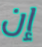
إن